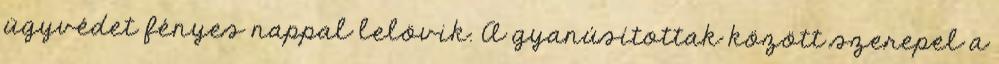
ügyvédet fényes nappal lelövik. A gyanúsítottak között szerepel a